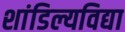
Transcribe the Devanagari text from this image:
शांडिल्यविद्या